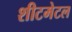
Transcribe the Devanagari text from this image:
शीटमेटल